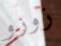
زورو